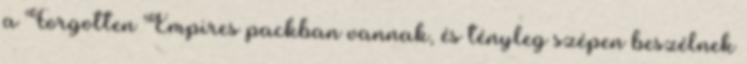
a Forgotten Empires packban vannak, és tényleg szépen beszélnek